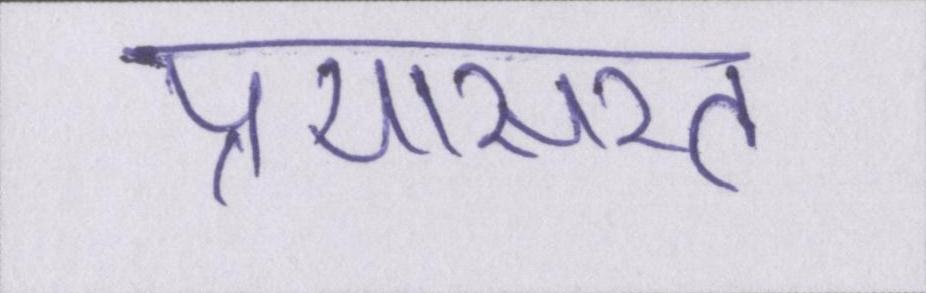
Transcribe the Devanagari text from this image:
प्रयासरत